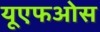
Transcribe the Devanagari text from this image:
यूएफओस